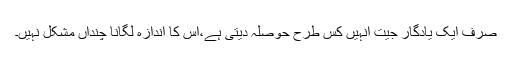
صرف ایک یادگار جیت انہیں کس طرح حوصلہ دیتی ہے،اس کا اندازہ لگانا چنداں مشکل نہیں۔